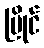
ပြိုင်